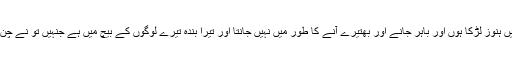
اے خداوند میرے خدا تو نے اپنے بندے کو میرے باپ داؤد کی جگہ بادشاہ کیا اور میں ہنوز لڑکا ہوں اور باہر جانے اور بھتیرے آنے کا طور میں نہیں جانتا اور تیرا بندہ تیرے لوگوں کے بیچ میں ہے جنہیں تو نے چنُ لیا ہے وے لوگ بہت اور بیشمار ہیں کہ کثرت کے باعث اُن کا حساب نہیں ہو سکتا۔